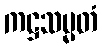
ကဋ္ဌသမ္မတံ